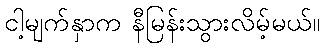
ငါ့မျက်နှာက နီမြန်းသွားလိမ့်မယ်။